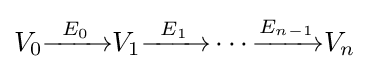
V_{0}{\xrightarrow {\;\;E_{0}\;\;}}V_{1}{\xrightarrow {\;\;E_{1}\;\;}}\cdots {\xrightarrow {E_{n-1}}}V_{n}